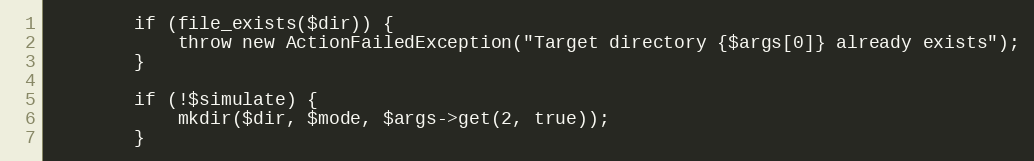
Language: PHP
        if (file_exists($dir)) {
            throw new ActionFailedException("Target directory {$args[0]} already exists");
        }

        if (!$simulate) {
            mkdir($dir, $mode, $args->get(2, true));
        }